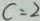
c = 2